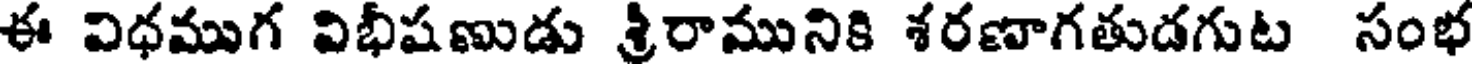
ఈ విధముగ విభీషణుడు శ్రీరామునికి శరణాగతుడగుట సంభ